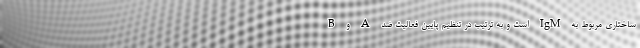
ساختاری مربوط به IgM است و به ترتیب در تنظیم پایین فعالیت ضد A و B